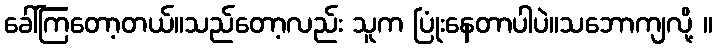
ခေါ်ကြတော့တယ်။သည်တော့လည်း သူက ပြုံးနေတာပါပဲ။သဘောကျလို့ ။